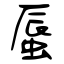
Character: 蜃